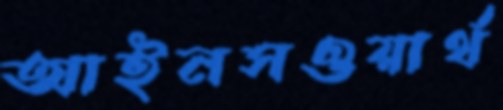
আইনসওয়ার্থ